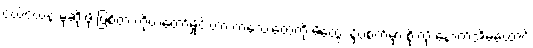
ငယ်ငယ်နဲ့ မုဆိုးဖို ဖြစ်တဲ့ ကိုယ်တော်မှိုင်းဟာ ကလေးတွေကို မိထွေး နှိပ်စက်မှာ စိုးလို့ နောက်အိမ်ထောင်